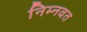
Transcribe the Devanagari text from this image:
निम्‍नवत